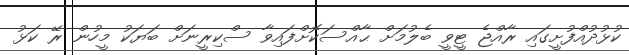
ކުޅުދުއްފުށީގައި ރާއްޖެ ޓީވީ ބެލުމަށް ޙާއްސަކޮށްފައިވާ ސްކިރީނަށް ބަޔަކު މީހުން ރޭ ކަޅު